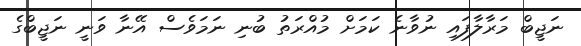
ނަޖީބް މަރާލާފައި ނުވާނެ ކަމަށް މުއްރަތު ބުނި ނަމަވެސް އޭނާ ވަނީ ނަޖީބްގެ